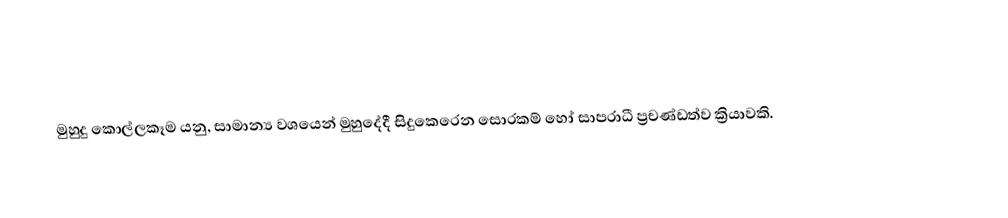
මුහුදු කොල්ලකෑම යනු, සාමාන්‍ය වශයෙන්  මුහුදේදී සිදුකෙරෙන සොරකම් හෝ සාපරාධී ප්‍රචණ්ඩත්ව ක්‍රියාවකි.